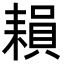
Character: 𦔐